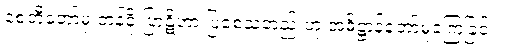
စေတီတော်မှ တန်ခိုးပြာဋိဟာ ပြစေသတည်းဟု အဓိဋ္ဌာန်တော်မူခဲ့ကြခြင်း။